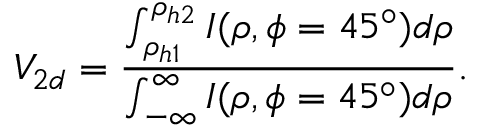
V _ { 2 d } = \frac { \int _ { \rho _ { h 1 } } ^ { \rho _ { h 2 } } I ( \rho , \phi = 4 5 ^ { \circ } ) d \rho } { \int _ { - \infty } ^ { \infty } I ( \rho , \phi = 4 5 ^ { \circ } ) d \rho } .